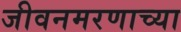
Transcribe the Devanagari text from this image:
जीवनमरणाच्या